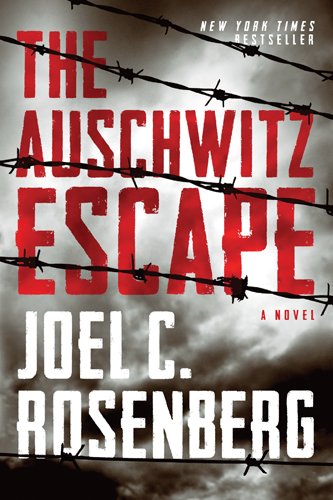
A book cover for The Auschwitz Escape; Joel C. Rosenberg; Literature & Fiction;